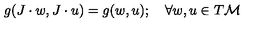
g ( J \cdot w , J \cdot u ) = g ( w , u ) ; \quad \forall w , u \in T { \cal M }